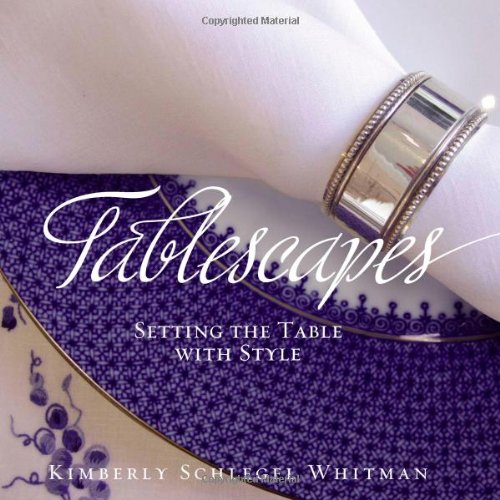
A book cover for Tablescapes: Setting the Table with Style; Kimberly Schlegel Whitman; Cookbooks, Food & Wine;